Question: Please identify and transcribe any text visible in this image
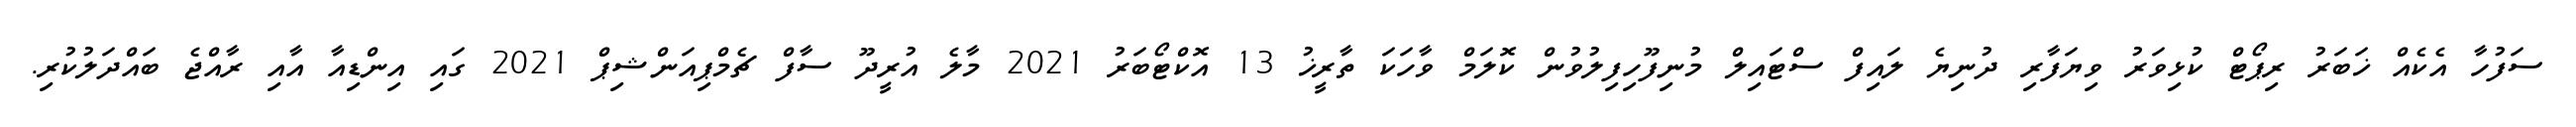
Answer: ސަފުހާ އެކެއް ޚަބަރު ރިޕޯޓް ކުޅިވަރު ވިޔަފާރި ދުނިޔެ ލައިފް ސްޓައިލް މުނިފޫހިފިލުވުން ކޮލަމް ވާހަކަ ތާރީޚު 13 އޮކްޓޯބަރު 2021 މާލެ އުރީދޫ ސާފް ޗެމްޕިއަންޝިޕް 2021 ގައި އިންޑިއާ އާއި ރާއްޖެ ބައްދަލުކުރި.